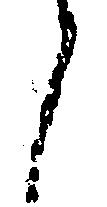
候